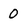
Character: 0